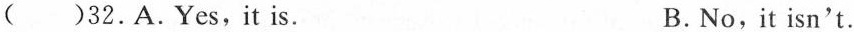
( )32.A.Yes,it is. B.No,it isn't.